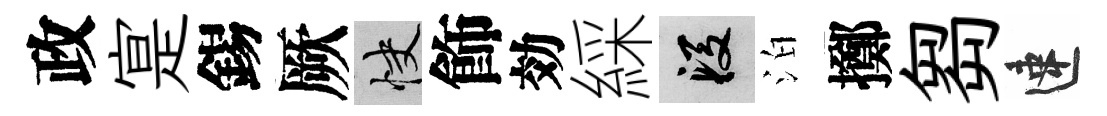
政寔錫厥快飾効綵段泊擲芻速